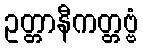
ဥတ္တာနီကတ္တဗ္ဗံ